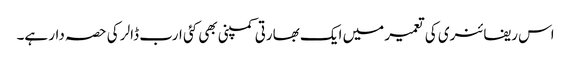
اس ریفائنری کی تعمیر میں ایک بھارتی کمپنی بھی کئی ارب ڈالر کی حصہ دار ہے۔